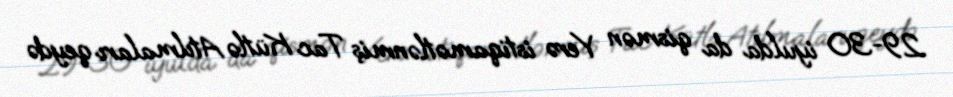
29-30 iyulda da qismən Yerə istiqamətlənmiş Tac Kütlə Atılmaları qeydə